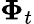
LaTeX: {\mathbf\Phi}_{t}